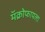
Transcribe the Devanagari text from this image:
मॅक्रोफायला